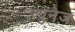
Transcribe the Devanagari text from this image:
न्युनेज़